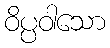
ဝိပ္ပဝါသော